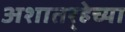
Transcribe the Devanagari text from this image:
अशातर्‍हेच्या